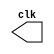
/* clock */
`timescale 1ps/1ps
module clock(output clk);
    reg theClock = 1;

    assign clk = theClock;
    
    always begin
        #500;
        theClock = !theClock;
    end
endmodule